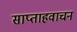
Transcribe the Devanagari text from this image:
साप्ताहवाचन